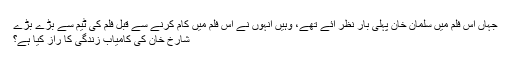
جہاں اس فلم میں سلمان خان پہلی بار نظر آئے تھے، وہیں انہوں نے اس فلم میں کام کرنے سے قبل فلم کی ٹیم سے بڑے بڑے
شارخ خان کی کامیاب زندگی کا راز کیا ہے؟